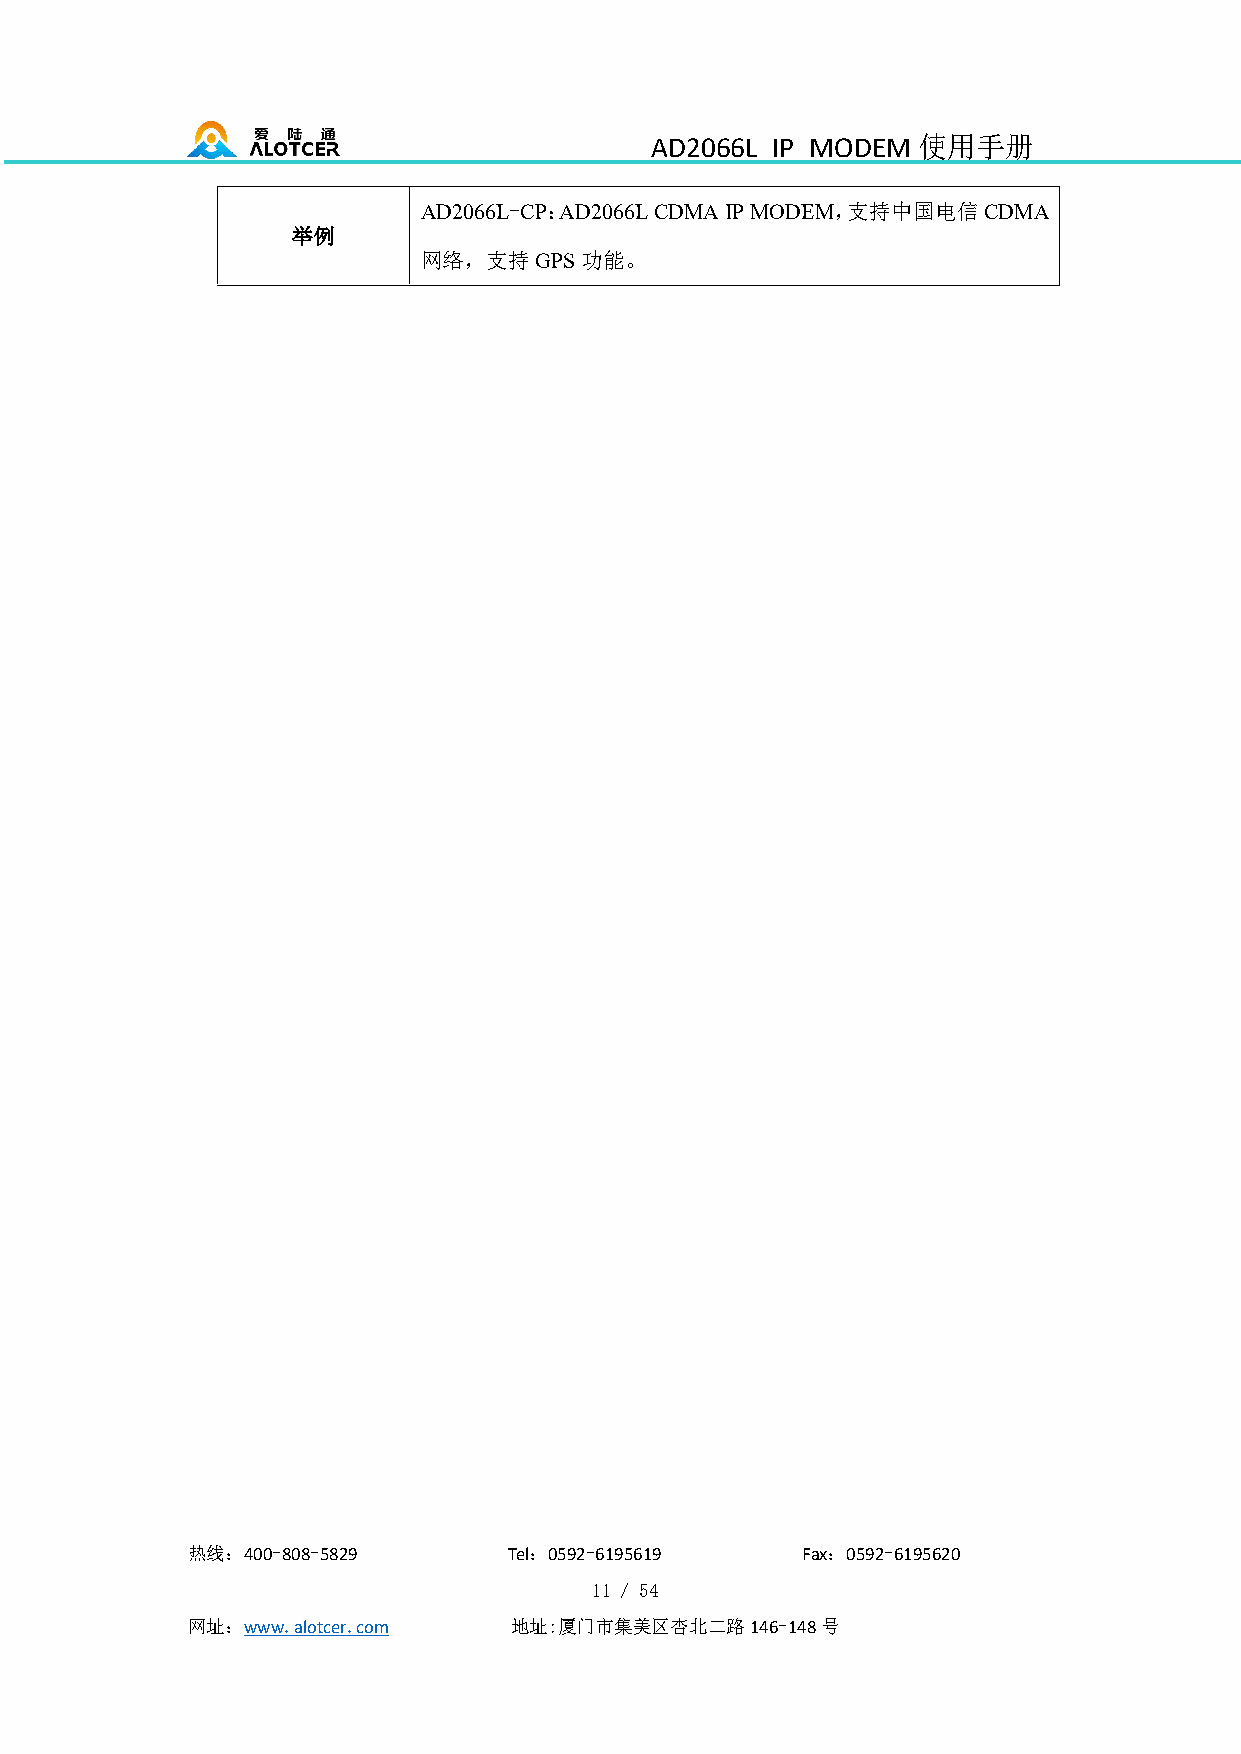
AD2066L IP MODEM  使用手册
 AD2066L-CP：AD2066LCDMAIPMODEM，支持中国电信CDMA
 举例
 网络，支持GPS功能。
 热线：400-808-5829       Tel：0592-6195619   Fax：0592-6195620
 11 / 54
 网址：www.alotcer.com    地址:厦门市集美区杏北二路146-148号